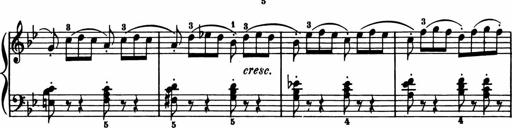
Title: 11 Sonatinas for Piano Solo
Composer: Anton Diabelli